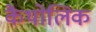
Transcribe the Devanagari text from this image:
कैथोलिक